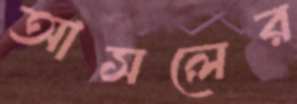
আসলের